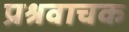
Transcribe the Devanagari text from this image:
प्रश्रवाचक